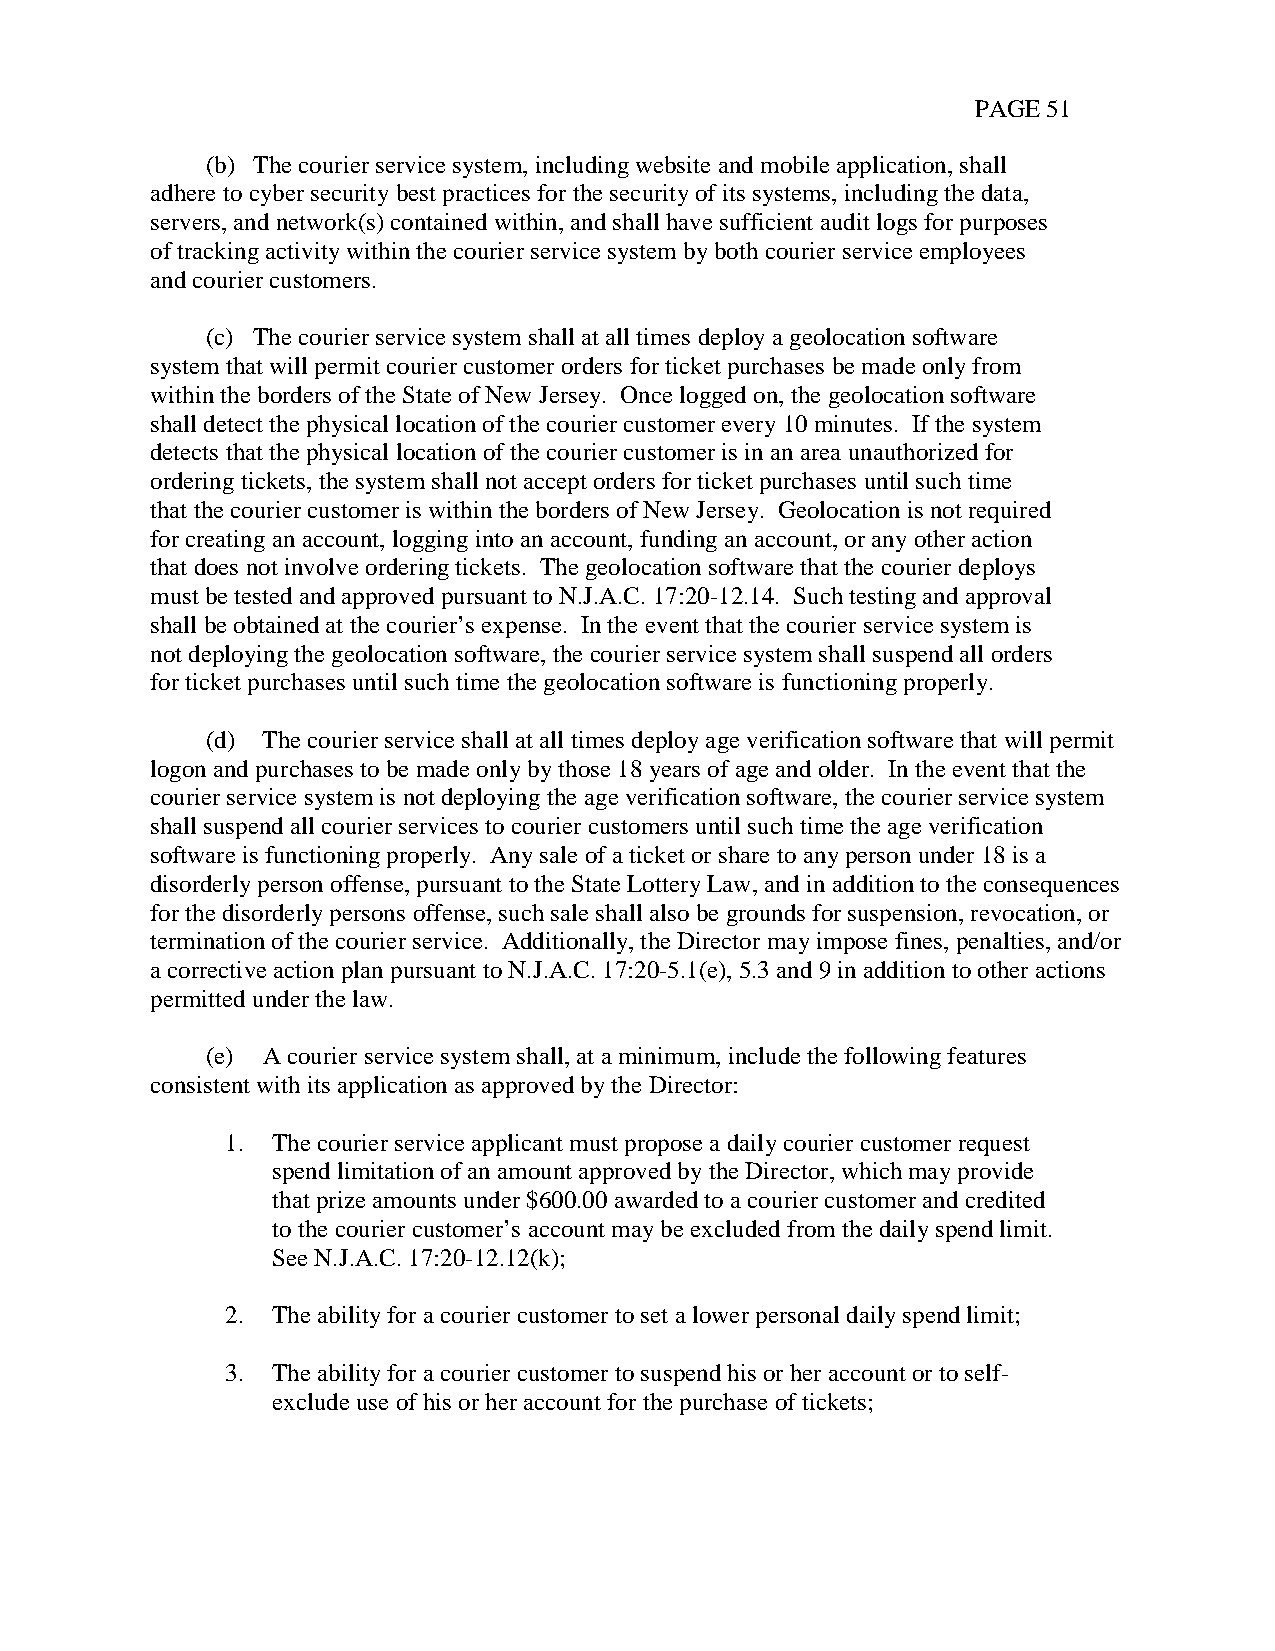
PAGE 51
 (b) The courier service system, including website and mobile application, shall
 adhere to cyber security best practices for the security of its systems, including the data,
 servers, and network(s) contained within, and shall have sufficient audit logs for purposes
 of tracking activity within the courier service system by both courier service employees
 and courier customers.
 (c) The courier service system shall at all times deploy a geolocation software
 system that will permit courier customer orders for ticket purchases be made only from
 within the borders of the State of New Jersey. Once logged on, the geolocation software
 shall detect the physical location of the courier customer every 10 minutes. If the system
 detects that the physical location of the courier customer is in an area unauthorized for
 ordering tickets, the system shall not accept orders for ticket purchases until such time
 that the courier customer is within the borders of New Jersey. Geolocation is not required
 for creating an account, logging into an account, funding an account, or any other action
 that does not involve ordering tickets. The geolocation software that the courier deploys
 must be tested and approved pursuant to N.J.A.C. 17:20-12.14. Such testing and approval
 shall be obtained at the courier’s expense. In the event that the courier service system is
 not deploying the geolocation software, the courier service system shall suspend all orders
 for ticket purchases until such time the geolocation software is functioning properly.
 (d) The courier service shall at all times deploy age verification software that will permit
 logon and purchases to be made only by those 18 years of age and older. In the event that the
 courier service system is not deploying the age verification software, the courier service system
 shall suspend all courier services to courier customers until such time the age verification
 software is functioning properly. Any sale of a ticket or share to any person under 18 is a
 disorderly person offense, pursuant to the State Lottery Law, and in addition to the consequences
 for the disorderly persons offense, such sale shall also be grounds for suspension, revocation, or
 termination of the courier service. Additionally, the Director may impose fines, penalties, and/or
 a corrective action plan pursuant to N.J.A.C. 17:20-5.1(e), 5.3 and 9 in addition to other actions
 permitted under the law.
 (e) A courier service system shall, at a minimum, include the following features
 consistent with its application as approved by the Director:
 1. The courier service applicant must propose a daily courier customer request
 spend limitation of an amount approved by the Director, which may provide
 that prize amounts under $600.00 awarded to a courier customer and credited
 to the courier customer’s account may be excluded from the daily spend limit.
 See N.J.A.C. 17:20-12.12(k);
 2. The ability for a courier customer to set a lower personal daily spend limit;
 3. The ability for a courier customer to suspend his or her account or to self-
 exclude use of his or her account for the purchase of tickets;